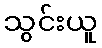
သွင်းယူ